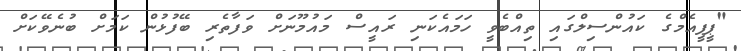
"ޕީޕީއެމްގެ ކައުންސިލްގައި ތިއްބެވީ ހަމައެކަނި ރައީސް މައުމޫނަށް ވަފާތެރި ބޭފުޅުން ކަމަށް ބުނެވޭކަށް